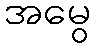
အမွေ